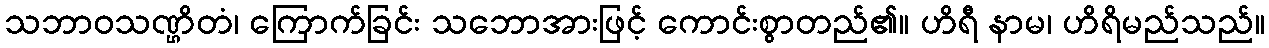
သဘာဝသဏ္ဌိတံ၊ ကြောက်ခြင်း သဘောအားဖြင့် ကောင်းစွာတည်၏။ ဟိရီ နာမ၊ ဟိရိမည်သည်။